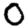
Digit: 0